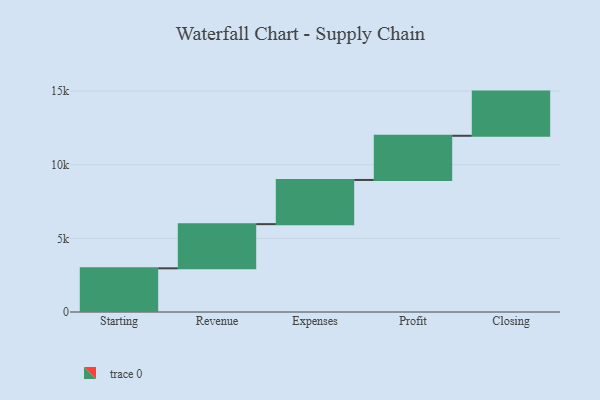
{"axis": {"x": "Step", "y": "Value"}, "legend": [""], "data": [{"x": "Starting", "y": 2966.0, "type": ""}, {"x": "Revenue", "y": 3000, "type": ""}, {"x": "Expenses", "y": 3000, "type": ""}, {"x": "Profit", "y": 3000, "type": ""}, {"x": "Closing", "y": 3000, "type": ""}]}